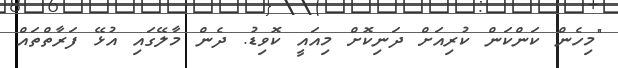
"މިހެން ކަންކަން ކުރިއަށް ދަނިކޮށް މިއައީ ކޮވިޑު. ދެން މާލޭގައި އުޅޭ ފަރާތްތައް